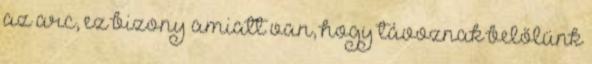
az arc, ez bizony amiatt van, hogy távoznak belőlünk